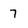
Character: 7